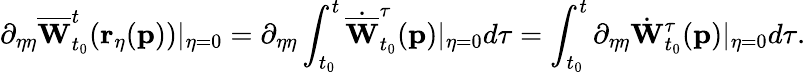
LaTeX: \partial_{\eta\eta}\overline{{\mathbf{W}}}_{t_{0}}^{t}(\mathbf{r_{\eta}}(\mathbf{p}))\vert_{\eta=0}=\partial_{\eta\eta}\int_{t_{0}}^{t}\dot{\overline{{\mathbf{W}}}}_{t_{0}}^{\tau}(\mathbf{p})\vert_{\eta=0}d\tau=\int_{t_{0}}^{t}\partial_{\eta\eta}\dot{\mathbf{W}}_{t_{0}}^{\tau}(\mathbf{p})\vert_{\eta=0}d\tau.